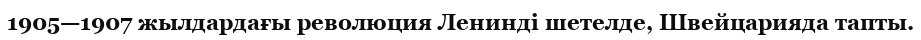
1905—1907 жылдардағы революция Ленинді шетелде, Швейцарияда тапты.